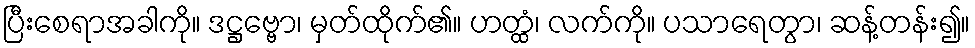
ပြီးစေရာအခါကို။ ဒဋ္ဌဗ္ဗော၊ မှတ်ထိုက်၏။ ဟတ္ထံ၊ လက်ကို။ ပသာရေတွာ၊ ဆန့်တန်း၍။